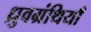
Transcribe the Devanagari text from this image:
ध्रुवग्रंथियाँ